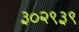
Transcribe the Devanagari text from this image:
३०२९३९